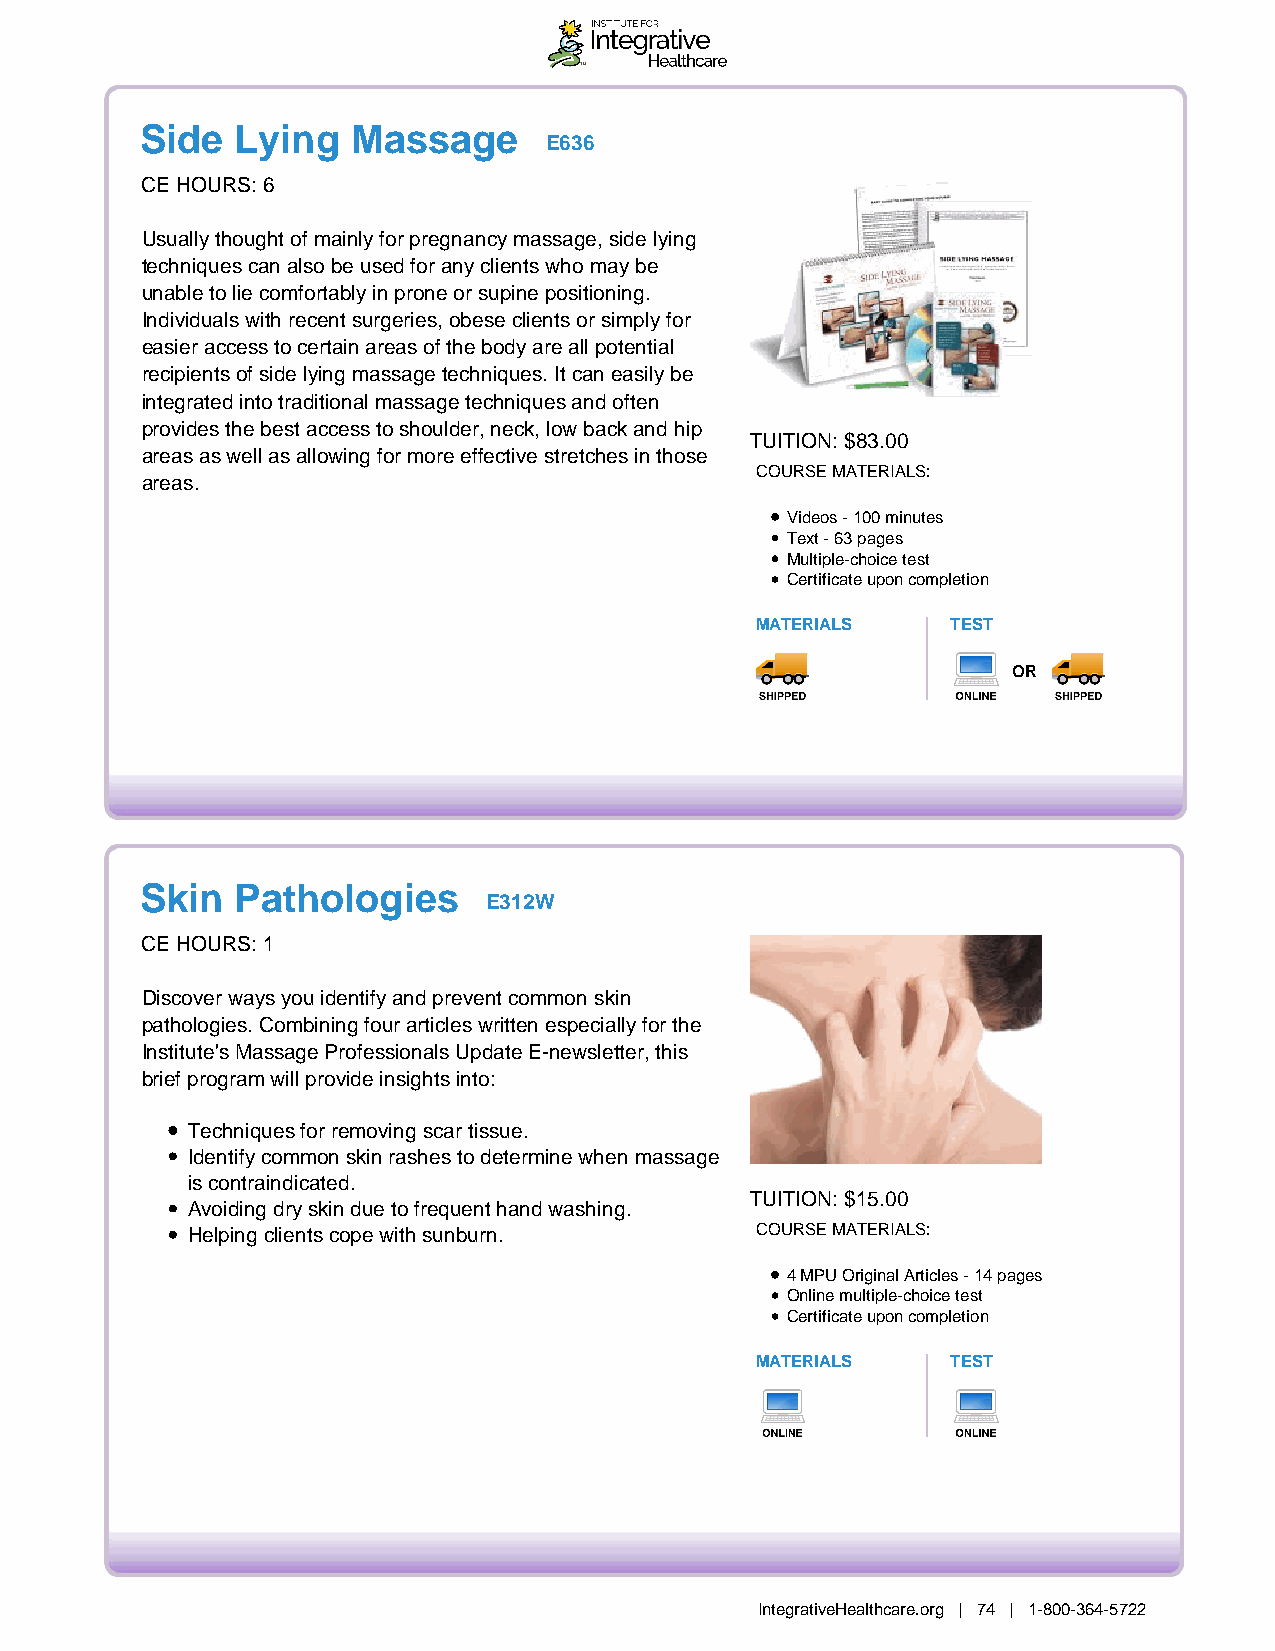
Side   Lying  Massage
 E636
 CE HOURS: 6
 Usually thought of mainly for pregnancy massage, side lying
 techniques can also be used for any clients who may be
 unable to lie comfortably in prone or supine positioning.
 Individuals with recent surgeries, obese clients or simply for
 easier access to certain areas of the body are all potential
 recipients of side lying massage techniques. It can easily be
 integrated into traditional massage techniques and often
 provides the best access to shoulder, neck, low back and hip
 TUITION: $83.00
 areas as well as allowing for more effective stretches in those
 COURSE MATERIALS:
 areas.
 Videos - 100 minutes
 Text - 63 pages
 Multiple-choice test
 Certificate upon completion
 MATERIALS    TEST
 OR
 Skin   Pathologies
 E312W
 CE HOURS: 1
 Discover ways you identify and prevent common skin
 pathologies. Combining four articles written especially for the
 Institute's Massage Professionals Update E-newsletter, this
 brief program will provide insights into:
 Techniques for removing scar tissue.
 Identify common skin rashes to determine when massage
 is contraindicated.
 TUITION: $15.00
 Avoiding dry skin due to frequent hand washing.
 Helping clients cope with sunburn.    COURSE MATERIALS:
 4 MPU Original Articles - 14 pages
 Online multiple-choice test
 Certificate upon completion
 MATERIALS    TEST
 IntegrativeHealthcare.org | 74 | 1-800-364-5722